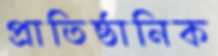
প্রাতিষ্ঠানিক